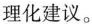
理化建议。